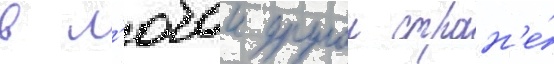
в л'юбои другои стран'е́